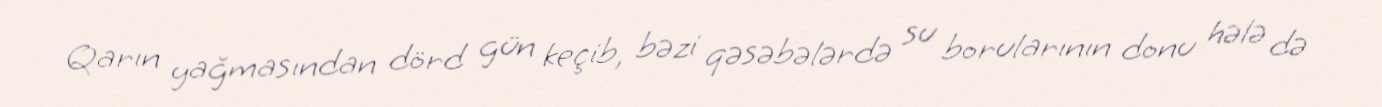
Qarın yağmasından dörd gün keçib, bəzi qəsəbələrdə su borularının donu hələ də